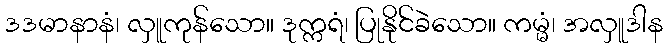
ဒဒမာနာနံ၊ လှူကုန်သော။ ဒုက္ကရံ၊ ပြုနိုင်ခဲသော။ ကမ္မံ၊ အလှူဒါန